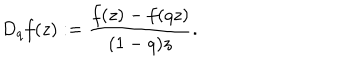
D _ { q } f ( z ) : = \frac { f ( z ) - f ( q z ) } { ( 1 - q ) z } .